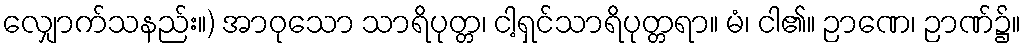
လျှောက်သနည်း။) အာဝုသော သာရိပုတ္တ၊ ငါ့ရှင်သာရိပုတ္တရာ။ မံ၊ ငါ၏။ ဉာဏေ၊ ဉာဏ်၌။